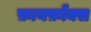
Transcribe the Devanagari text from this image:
फ़ायर्फ़ॉक्स